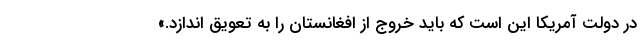
در دولت آمریکا این است که باید خروج از افغانستان را به تعویق اندازد.»